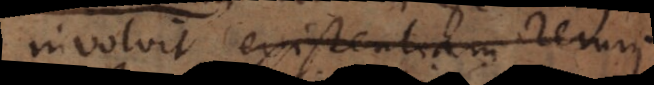
involvit existentiam rerum.